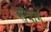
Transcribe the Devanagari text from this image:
स्थाणुं